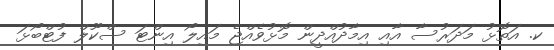
ކ. އަތޮޅު މަދަރުސާ އާއި އިމާދުއްދީން މޮޅުވެއްޖެ މައިލޯ އިންޓަ ސްކޫލް ފުޓްބޯޅަ